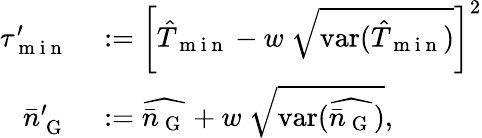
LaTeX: \begin{array}{rl}{\tau_{\mathrm{~m~i~n~}}^{\prime}}&{{}:=\left[\hat{T}_{\mathrm{~m~i~n~}}-w~\sqrt{\mathrm{var}(\hat{T}_{\mathrm{~m~i~n~}})}\right]^{2}}\\ {\bar{n}_{\mathrm{~G~}}^{\prime}}&{{}:=\widehat{\bar{n}_{\mathrm{~G~}}}+w~\sqrt{\mathrm{var}(\widehat{\bar{n}_{\mathrm{~G~}}})},}\end{array}